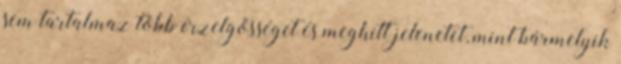
sem tartalmaz több érzelgősséget és meghitt jelenetet, mint bármelyik